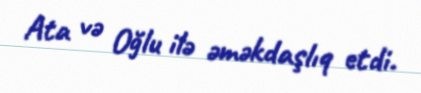
Ata və Oğlu ilə əməkdaşlıq etdi.